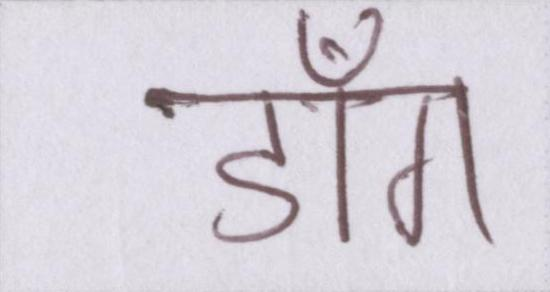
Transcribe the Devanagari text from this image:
डाँग